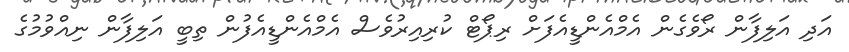
އަދި އަލިފާން ރޯވެގެން އެމްއެންޑީއެފަށް ރިޕޯޓް ކުރިއިރުވެސް އެމްއެންޑީއެފުން ތިބީ އަލިފާން ނިއްވުމުގެ